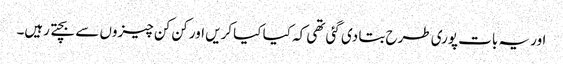
اور یہ بات پوری طرح بتا دی گئی تھی کہ کیا کیا کریں اور کن کن چیزوں سے بچتے رہیں۔